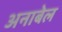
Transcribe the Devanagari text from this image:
अनाबेल